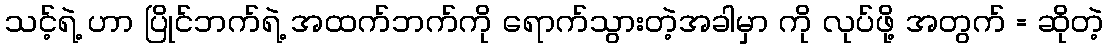
သင့်ရဲ့ ဟာ ပြိုင်ဘက်ရဲ့ အထက်ဘက်ကို ရောက်သွားတဲ့အခါမှာ ကို လုပ်ဖို့ အတွက် = ဆိုတဲ့